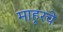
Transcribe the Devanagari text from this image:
माहूरचे